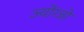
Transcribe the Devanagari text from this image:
ज्योंग्जो